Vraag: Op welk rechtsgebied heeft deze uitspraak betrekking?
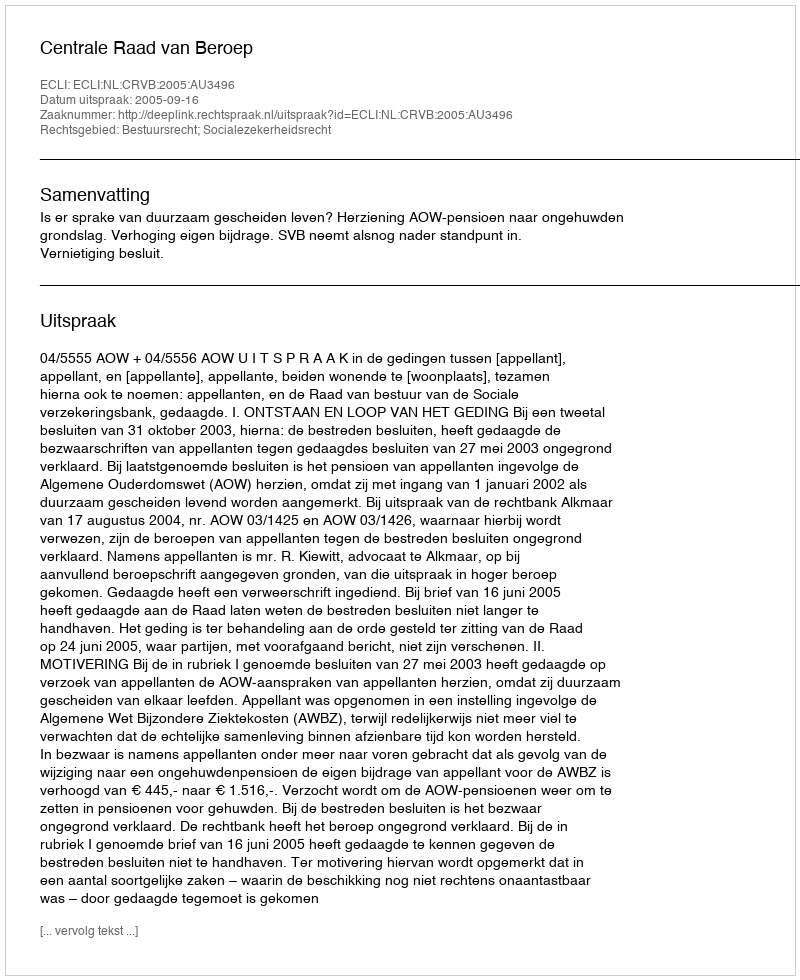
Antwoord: Bestuursrecht; Socialezekerheidsrecht